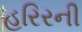
હરિરની